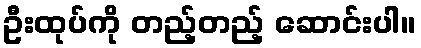
ဦးထုပ်ကို တည့်တည့် ဆောင်းပါ။